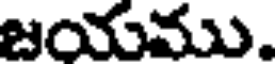
జయము.